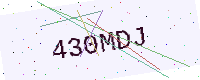
Text: 430MDJ